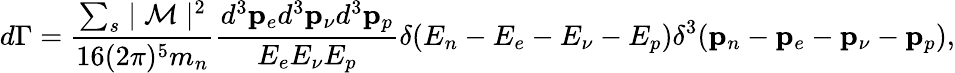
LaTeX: d\Gamma=\frac{\sum_{s}\mid{\cal M}\mid^{2}}{16(2\pi)^{5}m_{n}}\frac{d^{3}{\mathbf p}_{e}d^{3}{\mathbf p}_{\nu}d^{3}{\mathbf p}_{p}}{E_{e}E_{\nu}E_{p}}\delta(E_{n}-E_{e}-E_{\nu}-E_{p})\delta^{3}({\mathbf p}_{n}-{\mathbf p}_{e}-{\mathbf p}_{\nu}-{\mathbf p}_{p}),